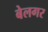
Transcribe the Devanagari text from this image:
बेलगर